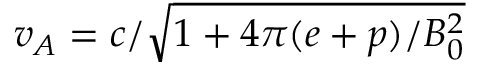
v _ { A } = c / \sqrt { 1 + 4 \pi ( e + p ) / B _ { 0 } ^ { 2 } }